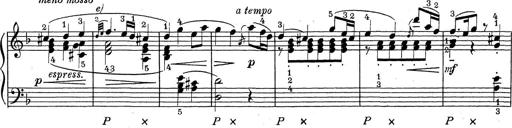
Title: ÄŒeskÃ© Sonatiny
Composer: Various